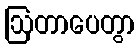
ဩတာပေတွာ